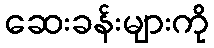
ဆေးခန်းများကို